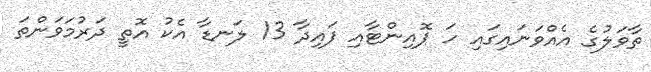
ތާވަލުގެ އެއްވަނައިގައި ހަ ޕޮއިންޓާއި ފައިދާ 13 ލަނޑާ އެކު އޮތީ ދަރުމަވަންތަ